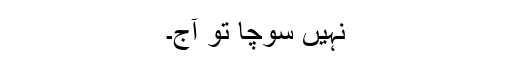
نہیں سوچا تو آج۔